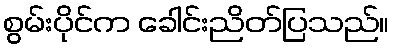
စွမ်းပိုင်က ခေါင်းညိတ်ပြသည်။